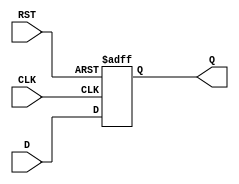
module IntermediateRegister #(
    parameter WIDTH = 8  // Parameter to define the bit-width of the register
)(
    input wire [WIDTH-1:0] D,    // Data input
    input wire CLK,                // Clock input
    input wire RST,                // Reset input
    output reg [WIDTH-1:0] Q       // Data output
);

// Always block for synchronous operation
always @(posedge CLK or posedge RST) begin
    if (RST) begin
        Q <= {WIDTH{1'b0}}; // Clear the register to zero on reset
    end else begin
        Q <= D; // Capture the input data on the rising edge of the clock
    end
end

endmodule